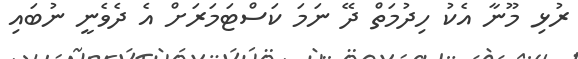
ރުޅި މޫނާ އެކު ހިދުމަތް ދޭ ނަމަ ކަސްޓަމަރަށް އެ ދެވެނީ ނުބައި